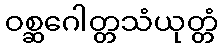
ဝစ္ဆဂေါတ္တသံယုတ္တံ